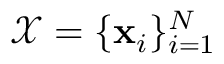
\mathcal { X } = \{ \mathbf { x } _ { i } \} _ { i = 1 } ^ { N }